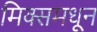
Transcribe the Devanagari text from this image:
मिक्समधून